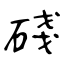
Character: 碊